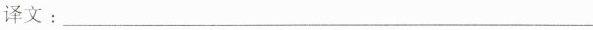
译文：___